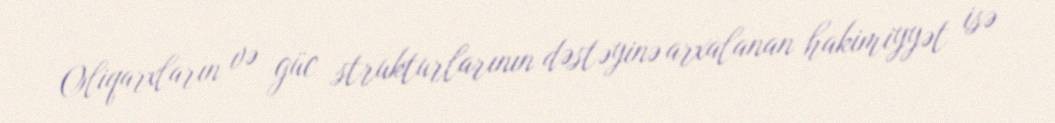
Oliqarxların və güc strukturlarının dəstəyinə arxalanan hakimiyyət isə